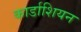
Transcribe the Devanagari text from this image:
कार्डाशियन